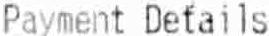
PAYMENT DETAILS